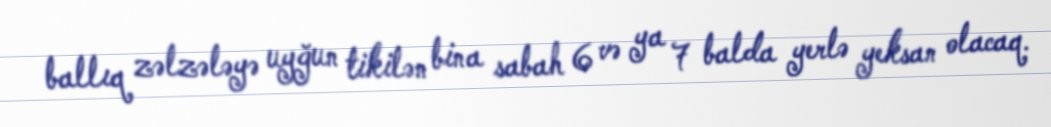
ballıq zəlzələyə uyğun tikilən bina sabah 6 və ya 7 balda yerlə yeksan olacaq.